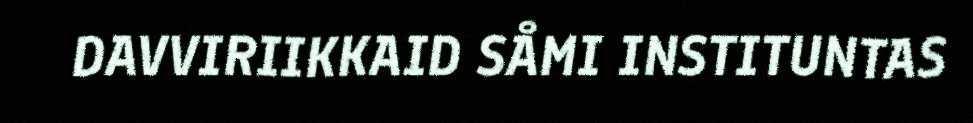
DAVVIRIIKKAID SÅMI INSTITUNTAS